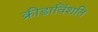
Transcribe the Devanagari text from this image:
क्रीडाविंशति